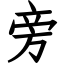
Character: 旁